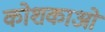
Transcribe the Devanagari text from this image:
कोशकाओं